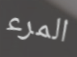
المرء